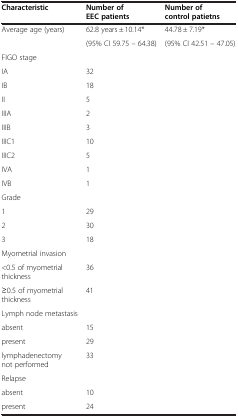
| Characteristic | Number of EEC patients | Number of control patietns |
 | --- | --- | --- |
 | <ROWSPAN=2> Average age (years) | 62.8 years ± 10.14* | 44.78 ± 7.19* |
 | (95% CI 59.75 – 64.38) | (95% CI 42.51 – 47.05) |
 | FIGO stage |  |  |
 | IA | 32 |  |
 | IB | 18 |  |
 | II | 5 |  |
 | IIIA | 2 |  |
 | IIIB | 3 |  |
 | IIIC1 | 10 |  |
 | IIIC2 | 5 |  |
 | IVA | 1 |  |
 | IVB | 1 |  |
 | Grade |  |  |
 | 1 | 29 |  |
 | 2 | 30 |  |
 | 3 | 18 |  |
 | Myometrial invasion |  |  |
 | <0.5 of myometrial thickness | 36 |  |
 | ≥0.5 of myometrial thickness | 41 |  |
 | Lymph node metastasis |  |  |
 | absent | 15 |  |
 | present | 29 |  |
 | lymphadenectomy not performed | 33 |  |
 | Relapse |  |  |
 | absent | 10 |  |
 | present | 24 |  |